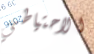
الاحتياطي